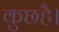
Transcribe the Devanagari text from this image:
कुछहै।